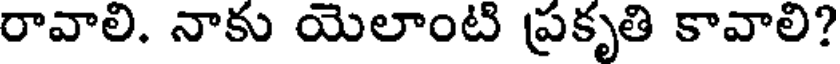
రావాలి. నాకు యెలాంటి ప్రకృతి కావాలి?